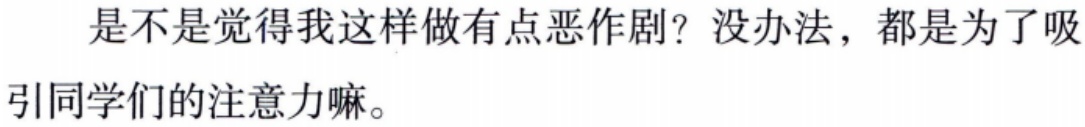
是不是觉得我这样做有点恶作剧？没办法，都是为了吸引同学们的注意力嘛。